Burma Government Medical School reports 1907-22
Year: 1907
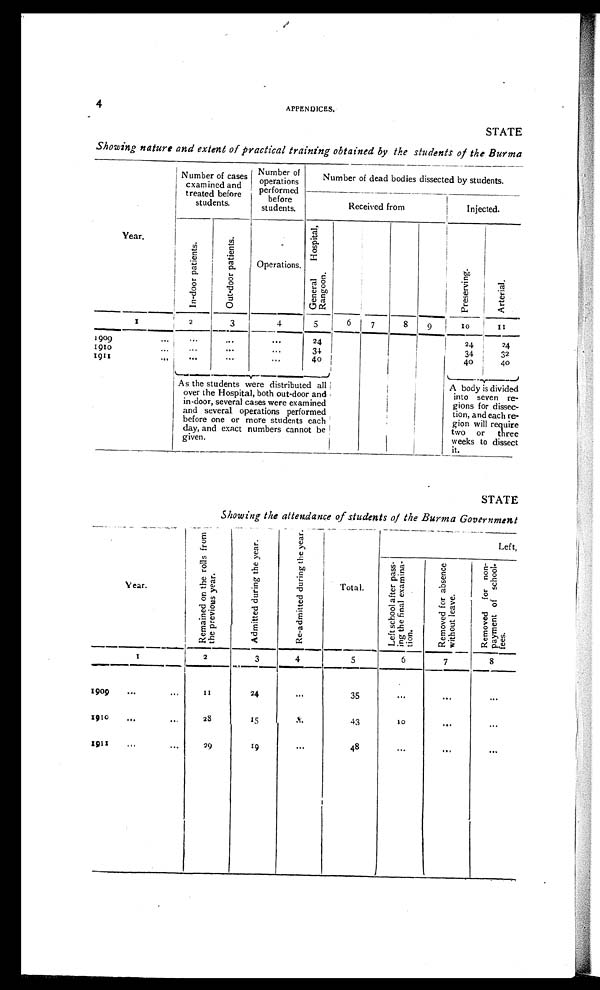
4
APPENDICES.
STATE
Showing nature and extent of practical training obtained by the students of the Burma
Year.
Number of cases
examined and
treated before
students.
N u m b e r o f o p e r a t i o n s p e r f o r m e d b e f o r e s t u d e n t s .
Number of dead bodies dissected by students.
Received from
Injected.
I n - d o o r p a t i e n t s .
O u t - d o o r p a t i e n t s .
Operations.
G e n e r a l H o s p i t a l R a n g o o n .
P r e s e r v i n g .
A r t e r i a l .
1
2
3
4
5
6
7 8
9
1 0
1 1
1909
. . .
. . .
. . .
. . .
24
24
24
1910
...
,.,
...
. . .
34
34
32
1911
...
...
. . .
. . .
40
40
40
As the students were distributed all
over the Hospital, both out-door and
in-door, several cases were examined
and several operations performed
before one or more students each
day, and exact numbers cannot be
given.
A body is divided
into seven re-
gions for dissec-
tion, and each re-
gion will require
two or three
weeks to dissect
it.
STATE
Showing the attendance of students of the Burma Government
Y ear.
R e m a i n e d o n t h e r o l l s f r o m t h e p r e v i o u s y e a r .
A d m i t t e d d u r i n g t h e y e a r .
R e - A d m i t t e d d u r i n g t h e y e a r .
Total.
Left,
Le f t s c h o o l a f t e r p a s s - i n g t h e f i n a l e x a mi n a - t i o n .
R e m o v e d f o r a b s e n c e w i t h o u t l e a v e .
R e m o v e d f o r n o n - p a y m e n t o f s c h o o l - f e s s .
1
2
3
4
5
6
7
8
1 9 0 9
...
. . .
II
24
. . .
35
. . .
. . .
. . .
1910
. . .
. . .
28
15
. . .
43
10
. . .
. . .
1911 ... ...
29
19
...
48
. . .
. . .
. . .